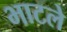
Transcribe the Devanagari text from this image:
भाटले